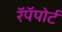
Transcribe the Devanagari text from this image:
रॅपॅपोर्ट